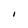
Character: i